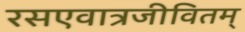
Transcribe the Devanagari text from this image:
रसएवात्रजीवितम्